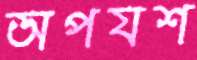
অপযশ